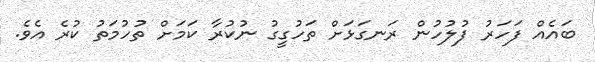
ބައެއް ފަހަރު ފުލުހުން ރަނގަޅަށް ތަހުގީގު ނުކުރާ ކަމަށް ތުހުމަތު ކުރެ އެވެ.